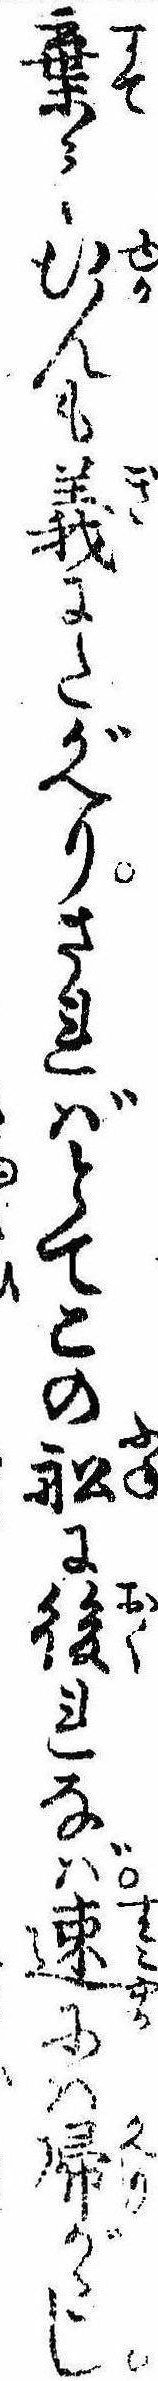
棄て行んも義にたがへりさればとてこの船に後れなば速には帰がたし